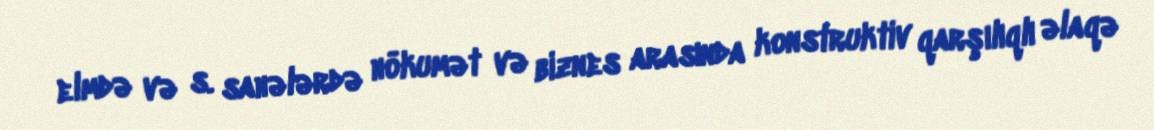
elmdə və s. sahələrdə hökumət və biznes arasında konstruktiv qarşılıqlı əlaqə